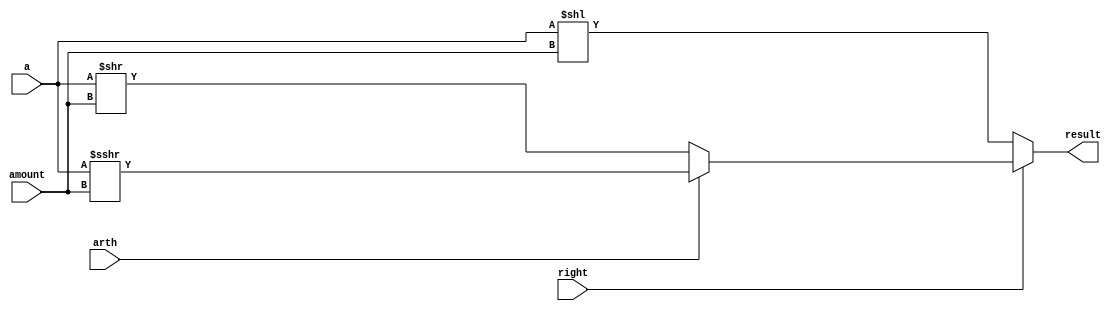
`timescale 1ns / 1ps
//////////////////////////////////////////////////////////////////////////////////
// Company: 
// Engineer: 
// 
// Design Name: 
// Module Name: Shift
// Project Name: 
// Target Devices: 
// Tool Versions: 
// Description: 
// 
// Dependencies: 
// 
// Revision:
// Revision 0.01 - File Created
// Additional Comments:
// 
//////////////////////////////////////////////////////////////////////////////////


module Shift(
    input wire [31:0] a,
    input wire [4:0] amount,
    input wire right,
    input wire arth,
    output reg [31:0] result
    );
    
    always @(*) begin
        if(~right) result = a << amount;
        else if (~arth) result = a >> amount;
        else result = $signed(a) >>> amount;
    end
endmodule